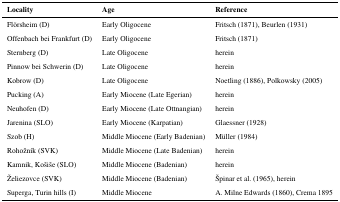
<table><thead><tr><td><b>Locality</b></td><td><b>Age</b></td><td><b>Reference</b></td></tr></thead><tbody><tr><td>Flörsheim (D)</td><td>Early Oligocene</td><td>Fritsch (1871), Beurlen (1931)</td></tr><tr><td>Offenbach bei Frankfurt (D)</td><td>Early Oligocene</td><td>Fritsch (1871)</td></tr><tr><td>Sternberg (D)</td><td>Late Oligocene</td><td>herein</td></tr><tr><td>Pinnow bei Schwerin (D)</td><td>Late Oligocene</td><td>herein</td></tr><tr><td>Kobrow (D)</td><td>Late Oligocene</td><td>Noetling (1886), Polkowsky (2005)</td></tr><tr><td>Pucking (A)</td><td>Early Miocene (Late Egerian)</td><td>herein</td></tr><tr><td>Neuhofen (D)</td><td>Early Miocene (Late Ottnangian)</td><td>herein</td></tr><tr><td>Jarenina (SLO)</td><td>Early Miocene (Karpatian)</td><td>Glaessner (1928)</td></tr><tr><td>Szob (H)</td><td>Middle Miocene (Early Badenian)</td><td>Müller (1984)</td></tr><tr><td>Rohožník (SVK)</td><td>Middle Miocene (Late Badenian)</td><td>herein</td></tr><tr><td>Kamnik, Košiše (SLO)</td><td>Middle Miocene (Badenian)</td><td>herein</td></tr><tr><td>Želiezovce (SVK)</td><td>Middle Miocene (Badenian)</td><td>Špinar et al. (1965), herein</td></tr><tr><td>Superga, Turin hills (I)</td><td>Middle Miocene</td><td>A. Milne Edwards (1860), Crema 1895</td></tr></tbody></table>